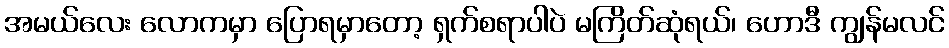
အမယ်လေး လောကမှာ ပြောရမှာတော့ ရှက်စရာပါပဲ မကြိတ်ဆုံရယ်၊ ဟောဒီ ကျွန်မလင်